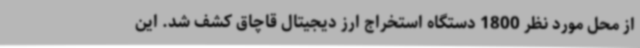
از محل مورد نظر 1800 دستگاه استخراج ارز دیجیتال قاچاق کشف شد. این